Laimjala_vallavalitsus, lk 38
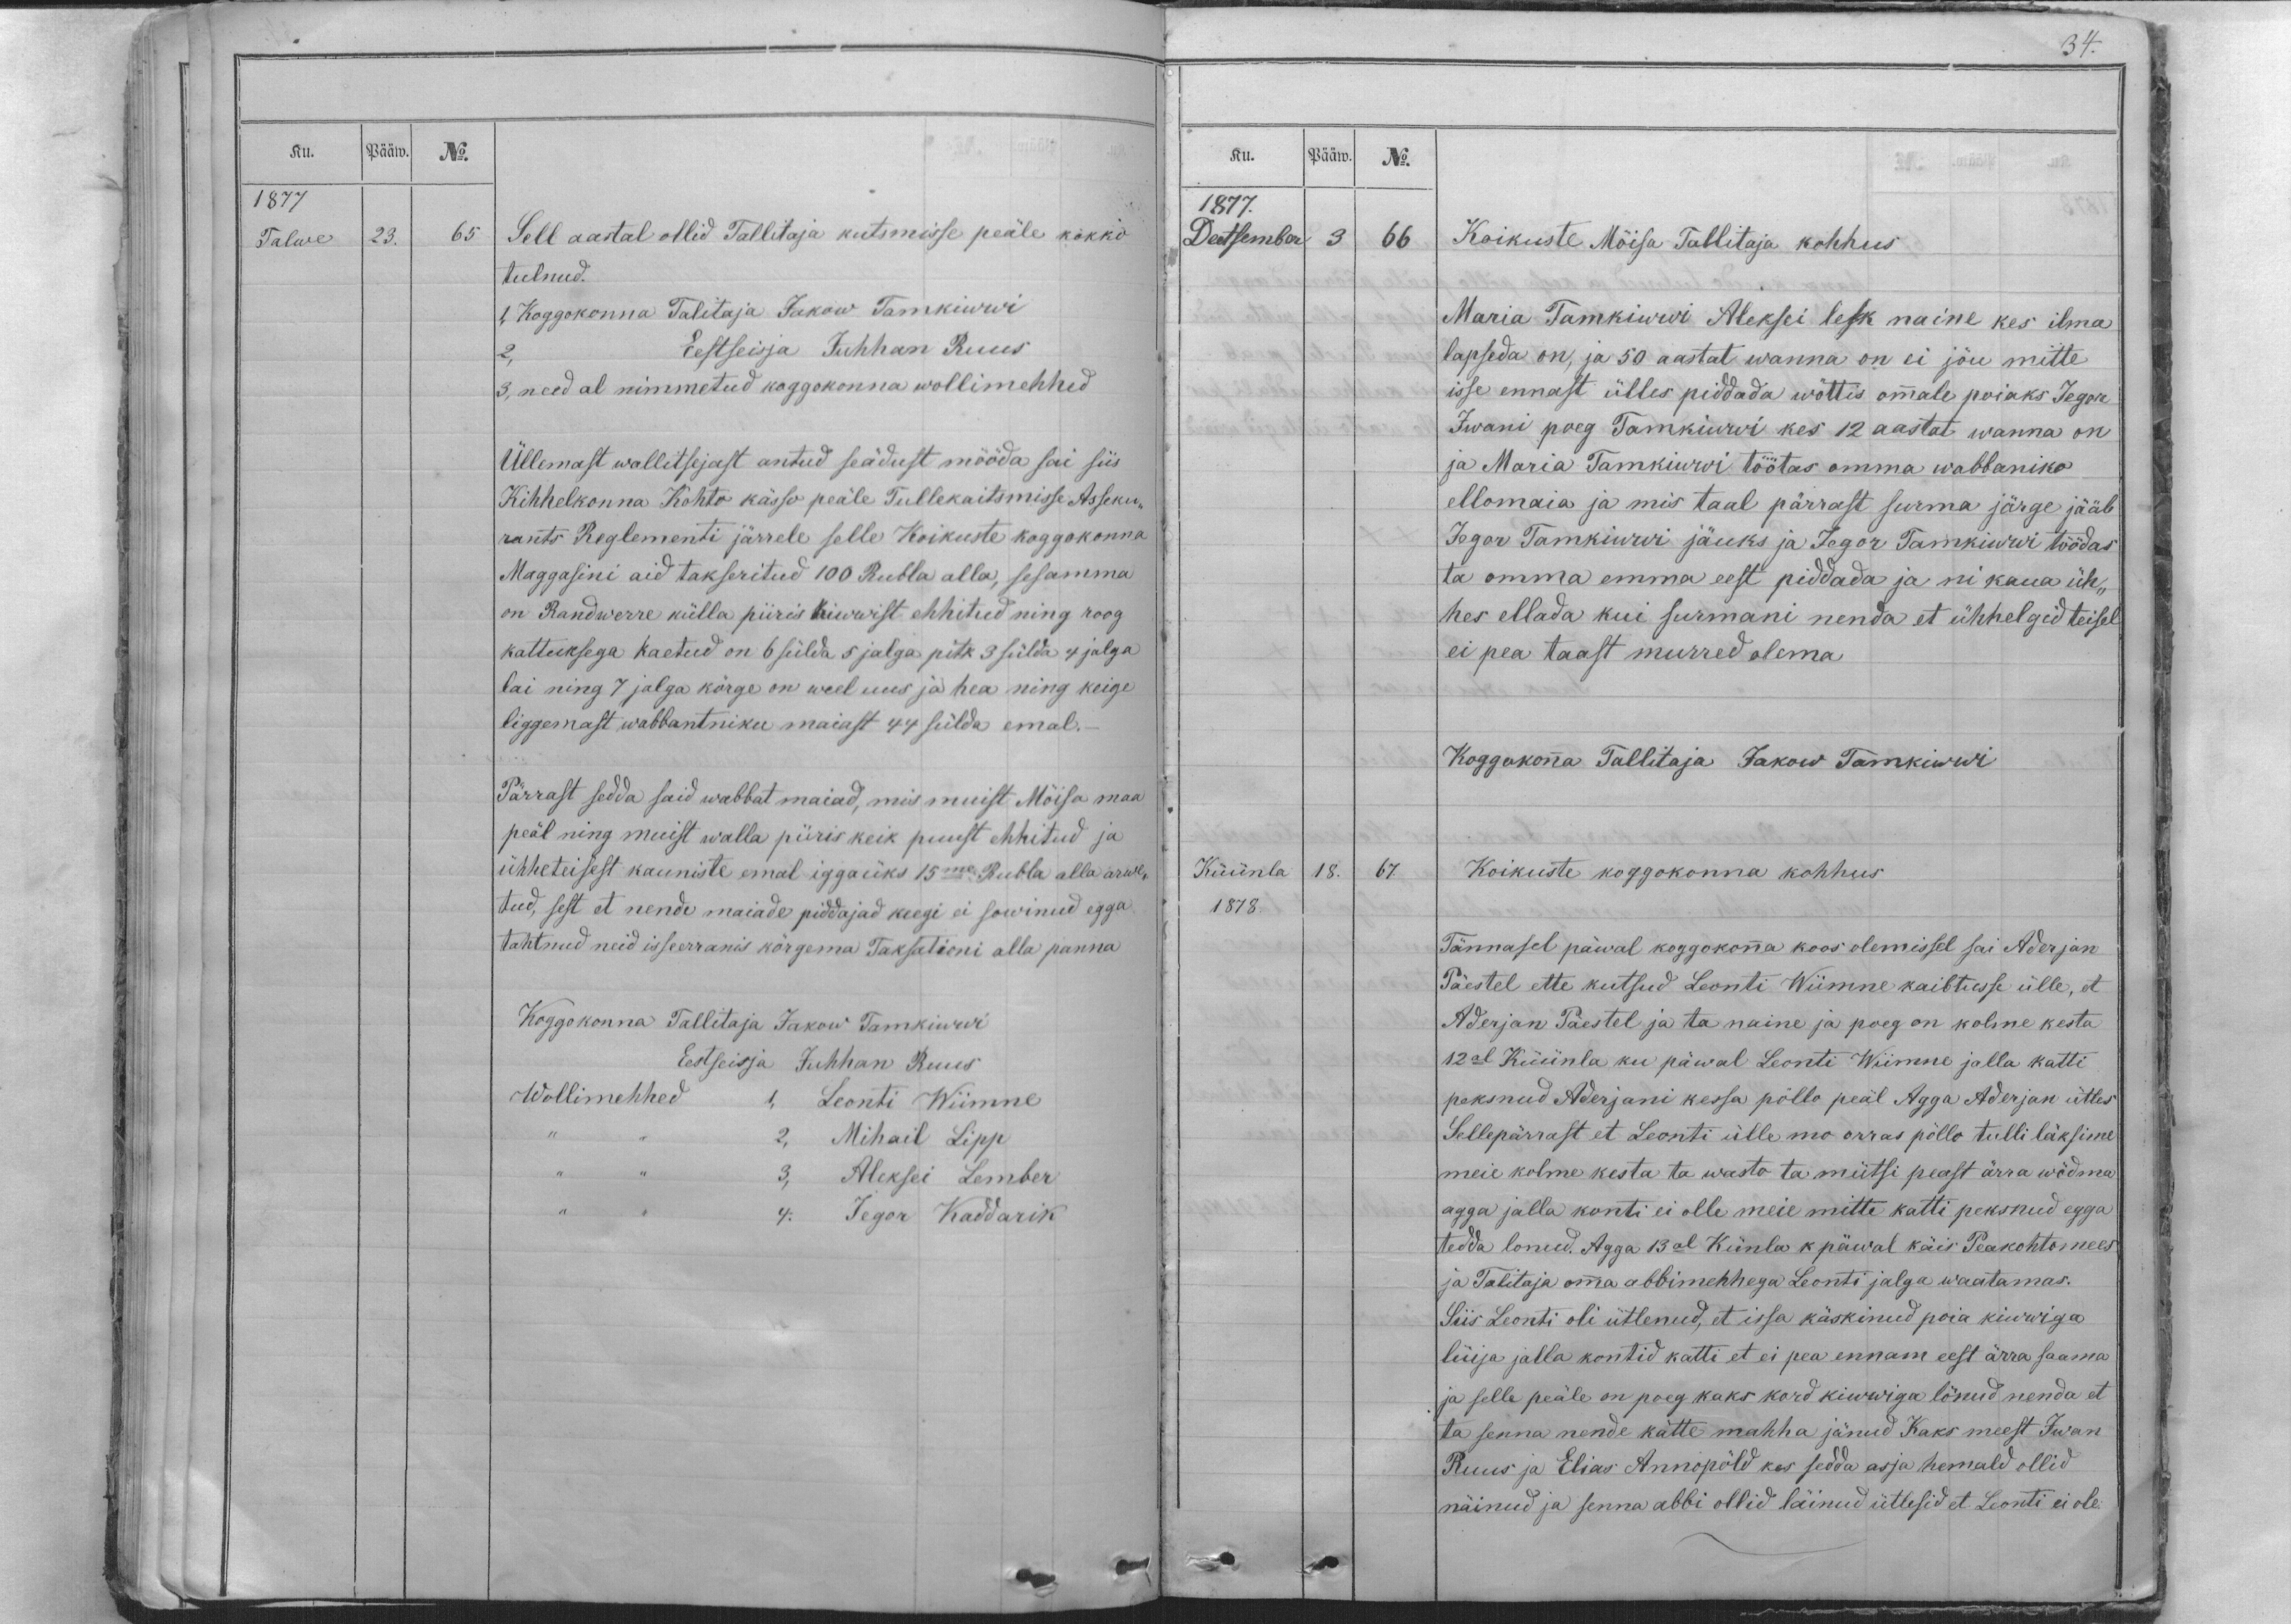
34.

Ku.
Pääw.
No.
1877
Talwe
23.
65
Sell aastal ollid Tallitaja kutsmisse peäle kokko
tulnud.
1, Koggokonna Talitaja Jakow Tamkiwwi
2, Eestseisja Juhhan Ruus
3, need al nimmetud koggokonna wollimehhed
Üllemast wallitsejast antud seädust mööda sai siis
Kihhelkonna Kohto kässo peäle Tullekaitsmisse Asseku-
rants Reglementi järrele selle Koikuste koggokonna
Maggasini aid takseritud 100 Rubla alla, sesamma
on Randwerre külla piiris kiwwist ehhitud ning roog
kattuksega kaetud on 6 sülda 5 jalga pitk 3 sülda 4 jalga
lai ning 7 jalga körge on weel uus ja hea ning keige
liggemast wabbantniku maiast 44 sülda emal.-
Pärrast sedda said wabbat maiad, mis muist Möisa maa
peäl ning muist walla piiris keik puust ehhitud ja
ühheteisest kauniste emal iggaüks 15me Rubla alla arwe-
tud, sest et nende maiade piddajad keegi ei sowinud egga
tahtnud neid isseerranis körgema Taksationi alla panna
Koggokonna Tallitaja Jakow Tamkiwwi
Eestseisja Juhhan Ruus
Wollimehhed 1, Leonti Wiimne
,, ,, 2, Mihail Lipp
,, ,, 3, Aleksei Lember
,, ,, 4. Jegor Kaddarik

Ku.
Pääw.
No.
1877.
Deetsember
3
66
Koikuste Möisa Tallitaja kohhus
Maria Tamkiwwi Aleksei lesk naine kes ilma
lapseda on, ja 50 aastat wanna on ei jõu mitte
isse ennast ülles piddada wöttis ommale poiaks Jegor
Iwani poeg Tamkiwwi kes 12 aastat wanna on
ja Maria Tamkiwwi töötas omma wabbaniko
ellomaia ja mis taal pärrast surma järge jääb
Jegor Tamkiwwi jäuks ja Jegor Tamkiwwi töödas
ta omma emma eest piddada ja ni kaua üh-
hes ellada kui surmani nenda et ühhelgid teisel
ei pea taast murred olema
Koggokonna Tallitaja Jakow Tamkiwwi
Küünla
18.
67.
Koikuste koggokonna kohhus
1878.
Tännasel päwal koggokonna koos olemissel sai Aderjan
Päestel ette kutsud Leonti Wiimne kaibtusse ülle, et
Aderjan Päestel ja ta naine ja poeg on kolme kesta
12al Küünla ku päwal Leonti Wiimne jalla katti
peksnud Aderjani kessa pöllo peäl Agga Aderjan ütles
Sellepärrast et Leonti ülle mo orras pöllo tulli läksime
meie kolme kesta ta wasto ta mütsi peast ärra wödma
agga jalla konti ei olle meie mitte katti peksnud egga
teda lonud. Agga 13al Künla k päwal käis Peakohtomees
ja Talitaja omma abbimehhega Leonti jalga waatamas.
Siis Leonti oli ütlenud, et issa käskinud poia kiwwiga
lüija jalla kontid katti et ei pea ennam eest ärra saama
ja selle peäle on poeg kaks kord kiwwiga lönud nenda et
ta senna nende kätte mahha jänud Kaks meest Iwan
Ruus ja Elias Annopöld kes sedda asja hemald ollid
näinud ja senna abbi ollid läinud ütlesid et Leonti ei ole